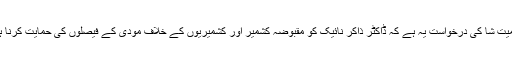
بھارتی جریدے ’’دی ویک‘‘ نے انکشاف کیا ہے کہ مودی اور امیت شا کی درخواست یہ ہے کہ ڈاکٹر ذاکر نائیک کو مقبوضہ کشمیر اور کشمیریوں کے خلاف مودی کے فیصلوں کی حمایت کرنا ہو گی اور آرٹیکل 370 کے خاتمے کے حق میں بیان دینا ہو گا۔